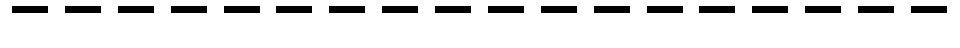
------------------